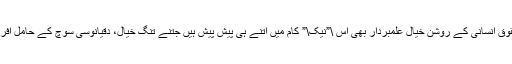
حقوق انسانی کے روشن خیال علمبردار بھی اس \”نیک\” کام میں اتنے ہی پیش پیش ہیں جتنے تنگ خیال، دقیانوسی سوچ کے حامل افراد۔